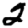
Digit: 2